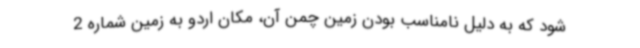
شود که به دلیل نامناسب بودن زمین چمن آن، مکان اردو به زمین شماره 2